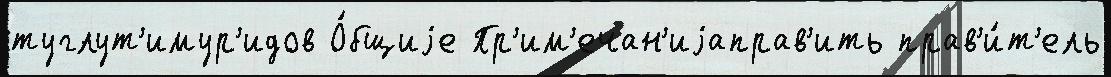
туглут'имур'идов О́бщиjе Пр'им'ечан'иjаправ'ить прав'и́т'ель